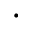
\cdot